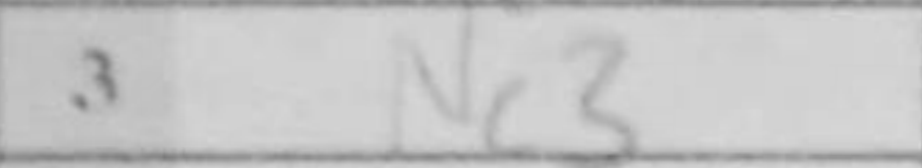
Transcription: Nc3